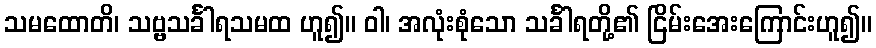
သမထောတိ၊ သဗ္ဗသင်္ခါရသမထ ဟူ၍။ ဝါ၊ အလုံးစုံသော သင်္ခါရတို့၏ ငြိမ်းအေးကြောင်းဟူ၍။